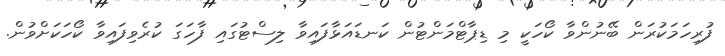
ފުރިހަމަކުރަން ބޭނުންވާ ކޯހަކީ މި ޑިޕާޓްމަންޓުން ކަނޑައަޅާފައިވާ ލިސްޓުގައި ފާހަގަ ކުރެވިފައިވާ ކޯހަކަށްވުން.